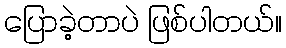
ပြောခဲ့တာပဲ ဖြစ်ပါတယ်။